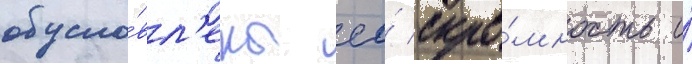
обусло́вл'ены ео́ скро́мность и́